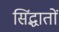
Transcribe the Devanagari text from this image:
सिंद्धातों